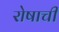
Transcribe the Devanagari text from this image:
रोषाची